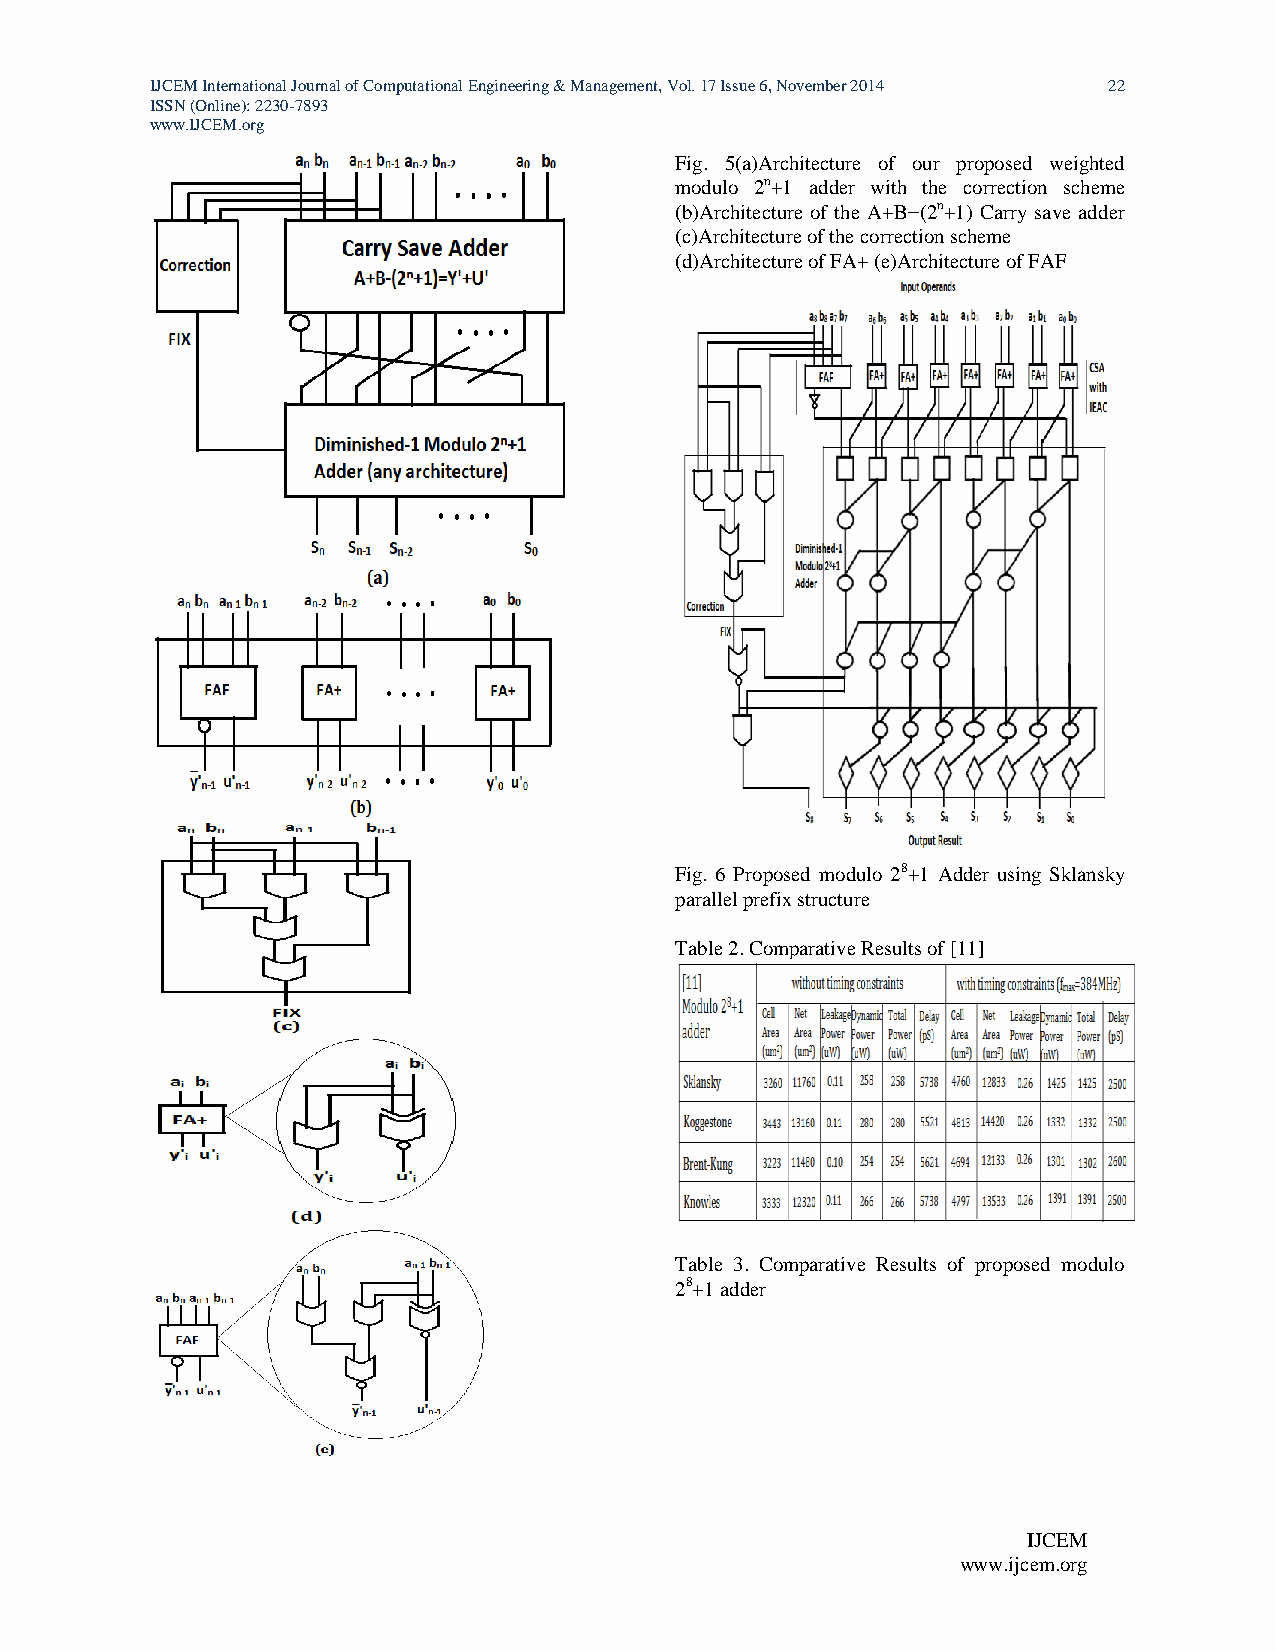
IJCEM International Journal of Computational Engineering & Management, Vol. 17 Issue 6, November 2014 22
 ISSN (Online): 2230-7893
 www.IJCEM.org
 Fig. 5(a)Architecture of our proposed weighted
 modulo 2n+1 adder with the correction scheme
 (b)Architecture of the A+B−(2n+1) Carry save adder
 (c)Architecture of the correction scheme
 (d)Architecture of FA+ (e)Architecture of FAF
 Fig. 6 Proposed modulo 28+1 Adder using Sklansky
 parallel prefix structure
 Table 2. Comparative Results of [11]
 Table 3. Comparative Results of proposed modulo
 28+1 adder
 IJCEM
 www.ijcem.org